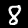
Digit: 8